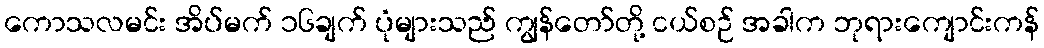
ကောသလမင်း အိပ်မက် ၁၆ချက် ပုံများသည် ကျွန်တော်တို့ ငယ်စဉ် အခါက ဘုရားကျောင်းကန်